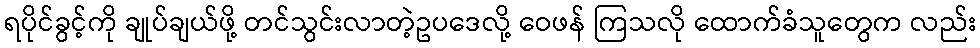
ရပိုင်ခွင့်ကို ချုပ်ချယ်ဖို့ တင်သွင်းလာတဲ့ဥပဒေလို့ ဝေဖန် ကြသလို ထောက်ခံသူတွေက လည်း